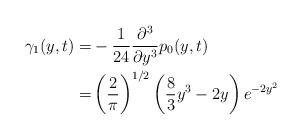
LaTeX: \begin{align*}\begin{aligned} \gamma_{1}(y,t) = & -\frac{1}{24}\frac{\partial^{3}}{\partial y^{3}}p_{0}(y,t) \\ = & \left(\frac{2}{\pi}\right)^{1/2}\left(\frac{8}{3}y^{3}-2y\right)e^{-2y^{2}}\end{aligned}\end{align*}